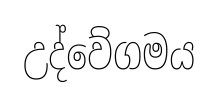
උද්වේගමය